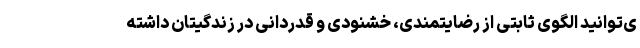
ی‌توانید الگوی ثابتی از رضایتمندی، خشنودی و قدردانی در زندگیتان داشته